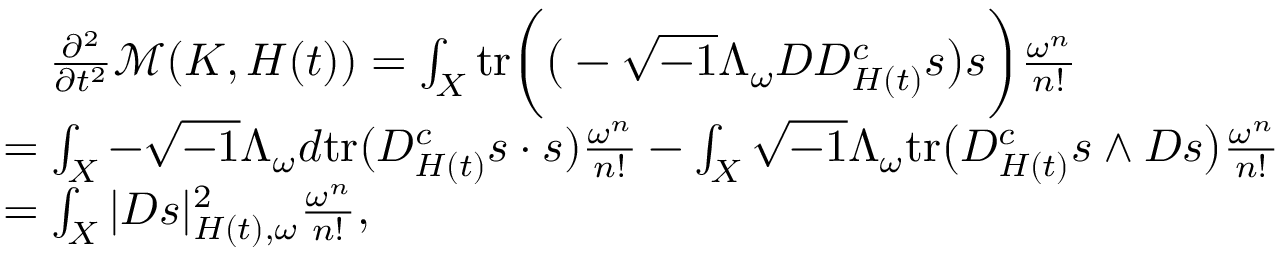
\begin{array} { r l } & { \quad \frac { \partial ^ { 2 } } { \partial t ^ { 2 } } \mathcal { M } ( K , H ( t ) ) = \int _ { X } \mathrm { t r } \bigg ( \big ( - \sqrt { - 1 } \Lambda _ { \omega } D D _ { H ( t ) } ^ { c } s \big ) s \bigg ) \frac { \omega ^ { n } } { n ! } } \\ & { = \int _ { X } - \sqrt { - 1 } \Lambda _ { \omega } d \mathrm { t r } ( D _ { H ( t ) } ^ { c } s \cdot s ) \frac { \omega ^ { n } } { n ! } - \int _ { X } \sqrt { - 1 } \Lambda _ { \omega } \mathrm { t r } \big ( D _ { H ( t ) } ^ { c } s \wedge D s \big ) \frac { \omega ^ { n } } { n ! } } \\ & { = \int _ { X } | D s | _ { H ( t ) , \omega } ^ { 2 } \frac { \omega ^ { n } } { n ! } , } \end{array}